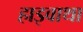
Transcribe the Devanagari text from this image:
हाइवाथा